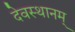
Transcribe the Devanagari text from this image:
देवस्थानम्